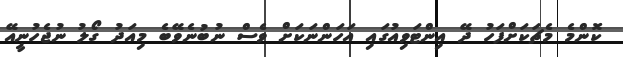
ކޮންމެ މެޗަކަށްފަހު ދޭ އިންޓަވިއުގައި އަހަންނަކަށް ވެސް ނުބުނެވޭބެ މިއަދު ގޯލު ނުޖެހުނީއޭ